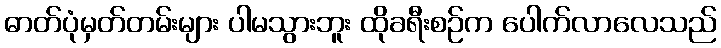
ဓာတ်ပုံမှတ်တမ်းများ ပါမသွားဘူး ထိုခရီးစဉ်က ပေါက်လာလေသည်